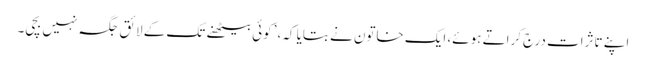
اپنے تاثرات درج کراتے ہوئے، ایک خاتون نے بتایا کہ، ’کوئی بیٹھنے تک کے لائق جگہ نہیں بچی۔